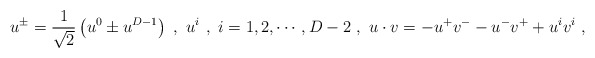
\begin{align*}u^\pm=\frac{1}{\sqrt{2}}\left(u^0\pm u^{D-1}\right)\ ,\ u^i\ ,\ i=1,2,\cdots,D-2\ ,\ u\cdot v=-u^+v^--u^-v^++u^iv^i\ ,\end{align*}